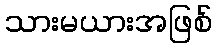
သားမယားအဖြစ်